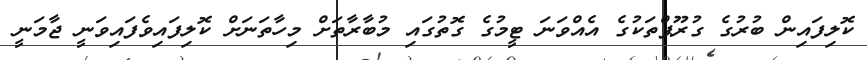
ކޮލިފައިން ބުރުގެ ގުރޫޕްތަކުގެ އެއްވަނަ ޓީމުގެ ގޮތުގައި މުބާރާތަށް މިހާތަނަށް ކޮލިފައިވެފައިވަނީ ޖާމަނީ